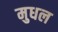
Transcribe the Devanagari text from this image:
मुधल